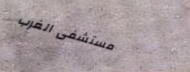
مستشفى الغرب